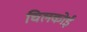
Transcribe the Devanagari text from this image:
चिलकोई